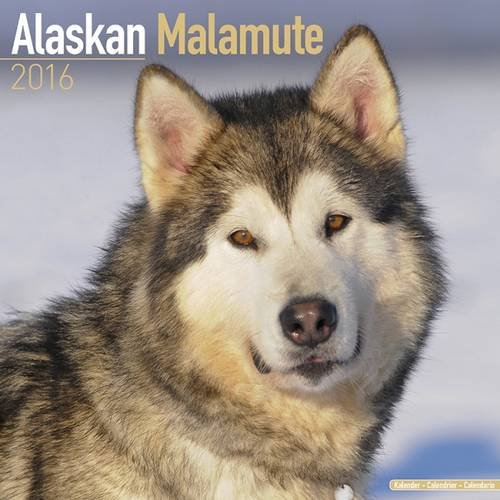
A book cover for Alaskan Malamute Calendar - Breed Specific Alaskan Malamutes Calendar - 2016 Wall calendars - Dog Calendars - Monthly Wall Calendar by Avonside; MegaCalendars; Calendars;